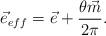
LaTeX: \begin{align*}\vec{e}_{eff} = \vec{e} + \frac {\theta \vec{m}}{2 \pi}.\end{align*}